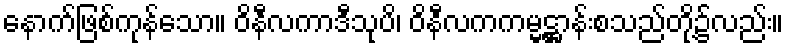
နောက်ဖြစ်ကုန်သော။ ဝိနီလကာဒီသုပိ၊ ဝိနီလကကမ္မဋ္ဌာန်းစသည်တို့၌လည်း။